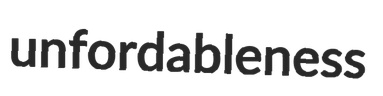
unfordableness